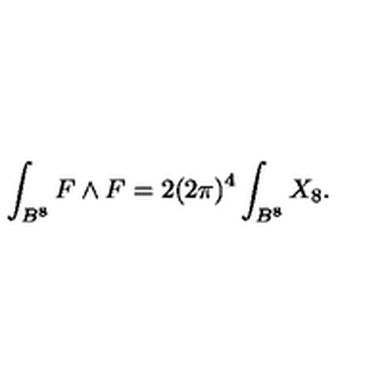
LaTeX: \int _ { B ^ { 8 } } F \wedge F = 2 ( 2 \pi ) ^ { 4 } \int _ { B ^ { 8 } } X _ { 8 } .